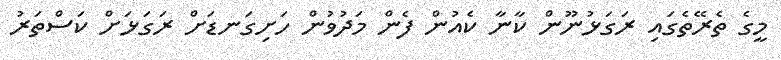
މީގެ ތެރޭތެގައި ރަގަޅުނޫން ކާނާ ކެއުން ފެން މަދުވުން ހަށިގަނޑަށް ރަގަޅަށް ކަސްތަރު